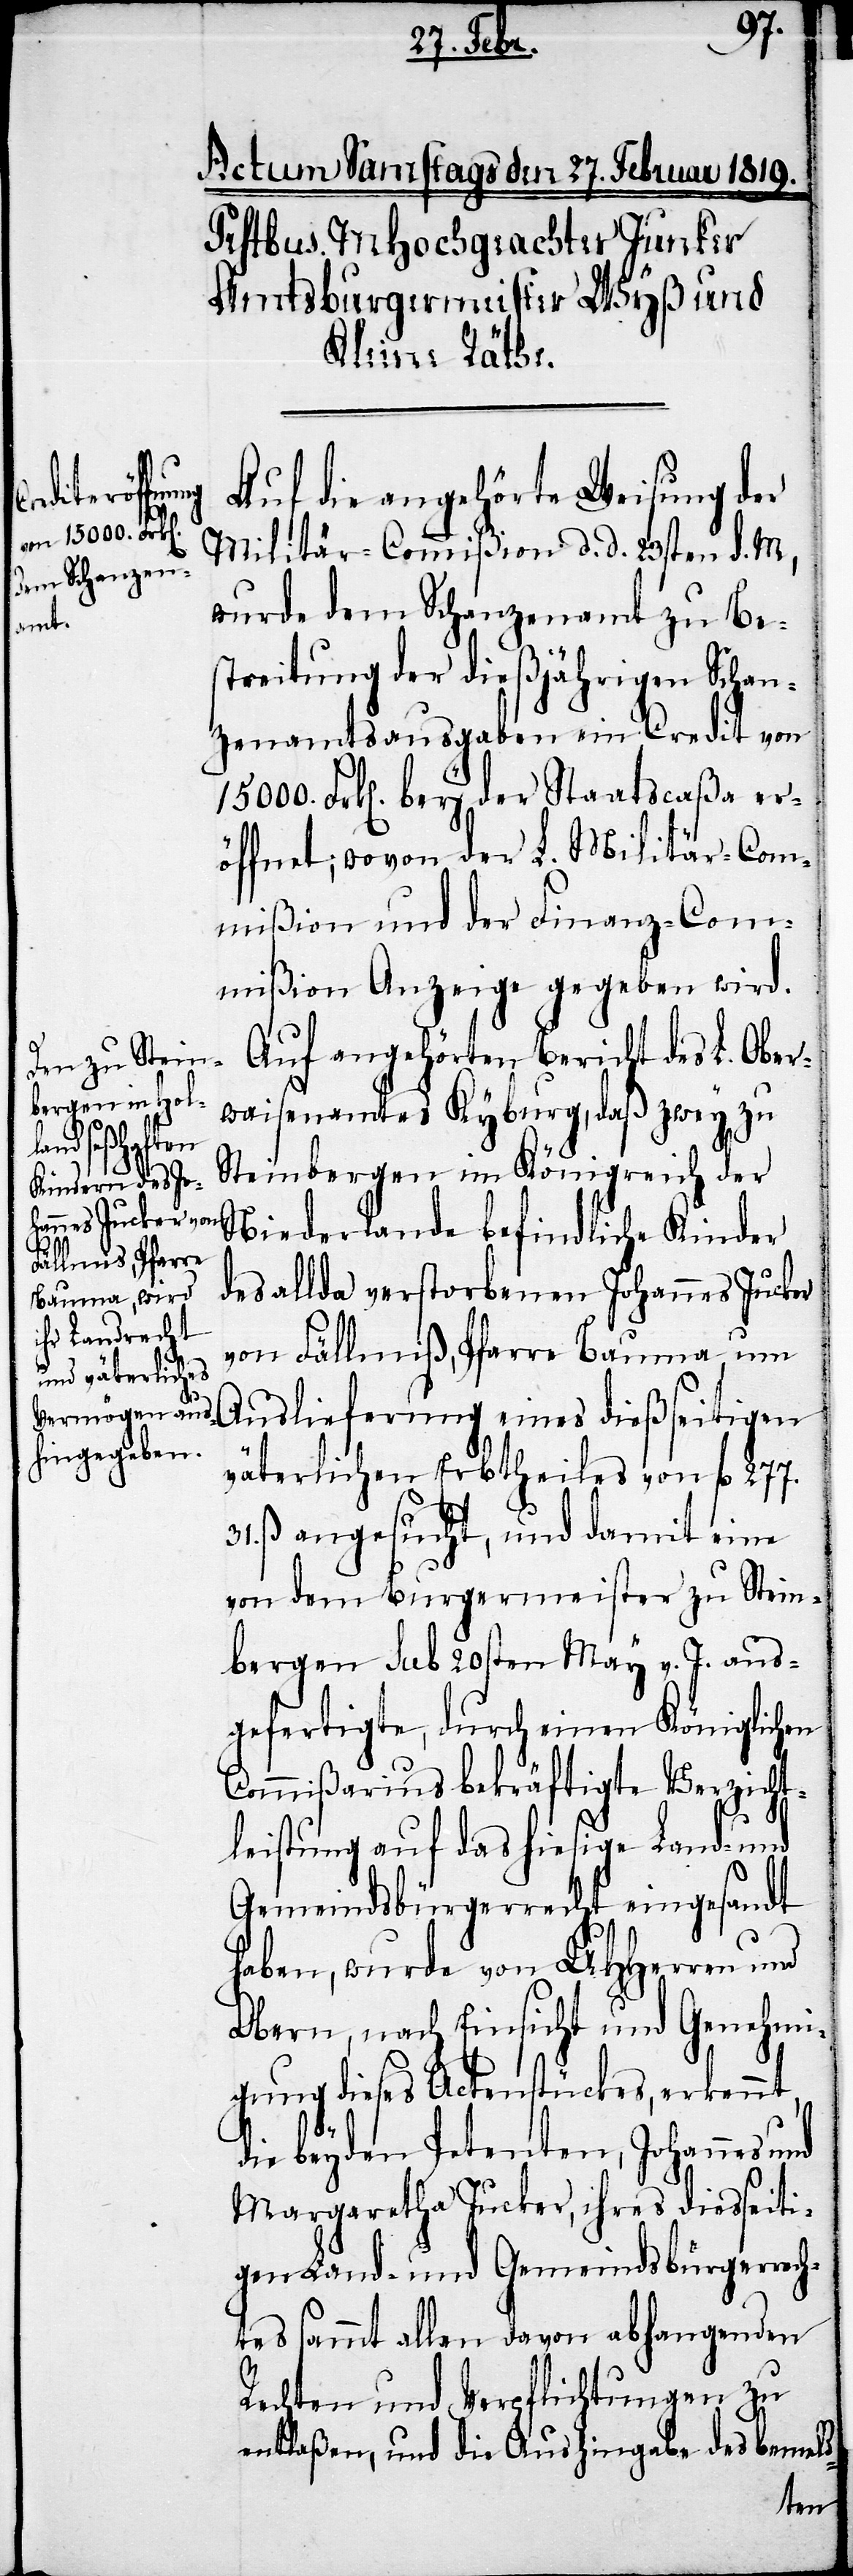
Auf die angehörte Weisung der
Militär-Commißion d. d. 23sten d. M.,
wurde dem Schanzenamt zu Be¬
streitung der dießjährigen Schan¬
zenamtsausgaben ein Credit von
15000. Frk[en]. bey der Staatscaßa er¬
öffnet; wovon der L. Militär-Com¬
mißion und der Finanz-Com¬
mißion Anzeige gegen wird.
Auf angehörten Bericht des L. Ober¬
waisenamtes Kyburg, daß zwey zu
Steinbergen im Königreich der
Niederlande befindliche Kinder
des allda verstorbenen Johannes Jucker
von Fällmiß, Pfarre Bauma um
Auslieferung eines dießseitigen
väterlichen Erbtheiles von fl. 277.
ß. angesucht, und damit eine
von dem Burgermeister zu Stein¬
bergen sub 20sten May v. J. aus¬
gefertigte, durch einen Königlichen
Commißarius bekräftigte Verzicht¬
leistung auf das hiesige Land- und
Gemeindsbürgerrecht eingesandt
haben, wurde von UHHerren und
Obern, nach Einsicht und Genehmi¬
gung dieses Actenstückes, erkennt,
die beyden Petenten, Johannes und
Margaretha Jucker, ihres diesseiti¬
gen Land- und Gemeindsbürgerrech¬
tes sammt allen davon abhangenden
Rechten und Verpflichtungen zu
entlaßen, und die Aushingabe des bemeld-